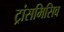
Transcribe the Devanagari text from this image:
ट्रांसमिसिव